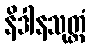
နိဒါနသုတ္တံ